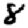
Digit: 8